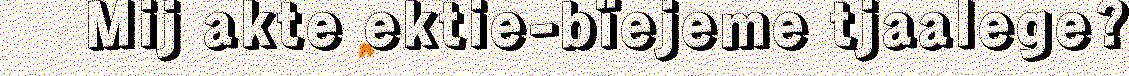
Mij akte ektie-bïejeme tjaalege?